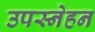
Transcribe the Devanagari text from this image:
उपस्नेहन